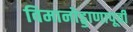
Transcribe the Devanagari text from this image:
विमानोड्डाणापूर्वी